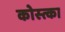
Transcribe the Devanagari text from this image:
कोस्त्का